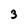
Character: 3